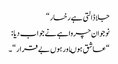
جلاڈالتی ہے رخسار “
نوجوان چرواہے نے جواب دیا :
“عاشق ہوںاور ہوں بے قرار “۔